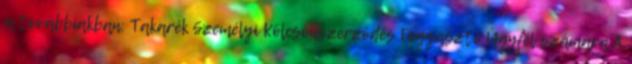
a továbbiakban: Takarék Személyi Kölcsönszerződés Fogyasztó Ügyfél számára A